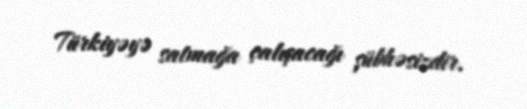
Türkiyəyə satmağa çalışacağı şübhəsizdir.